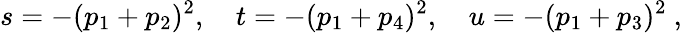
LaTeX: s=-(p_{1}+p_{2})^{2},\quad t=-(p_{1}+p_{4})^{2},\quad u=-(p_{1}+p_{3})^{2}\ ,